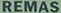
REMAS